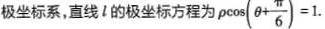
极坐标系，直线l的极坐标方程为 $$\rho \cos ( \theta + \frac{ \pi }{6})=1$$.